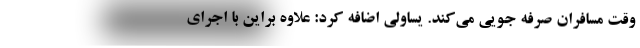
وقت مسافران صرفه جویی می‌کند. یساولی اضافه کرد: علاوه براین با اجرای